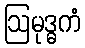
ဩမုဒ္ဓကံ